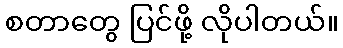
စတာတွေ ပြင်ဖို့ လိုပါတယ်။